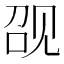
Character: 𰴖